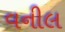
વનીલ